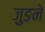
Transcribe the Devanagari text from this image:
जुङने